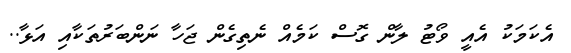
އެކަމަކު އެއީ ވޯޓު ލާން ގޮސް ކަމެއް ނެތިގެން ޖަހާ ނަންބަރުތަކާއި އަޅާ..